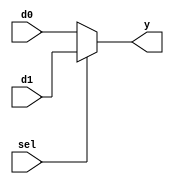
`timescale 1ns / 1ps
//////////////////////////////////////////////////////////////////////////////////
// Company: 
// Engineer: 
// 
// Design Name: 
// Module Name:    mux2 
// Project Name: 
// Target Devices: 
// Tool versions: 
// Description: 
//
// Dependencies: 
//
// Revision: 
// Revision 0.01 - File Created
// Additional Comments: 
//
//////////////////////////////////////////////////////////////////////////////////
module mux2#(parameter WIDTH=32) (
    input [WIDTH-1:0] d0, d1,
    input sel,
    output wire [WIDTH-1:0] y
    );
	assign y = sel ? d1 : d0;
	

endmodule